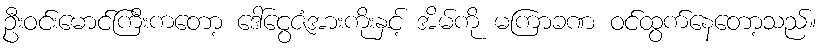
ဦးဝင်းမောင်ကြီးကတော့ ဒေါ်ငွေဇံအားကိုးနှင့် အိမ်ကို မကြာခဏ ဝင်ထွက်နေတော့သည်။